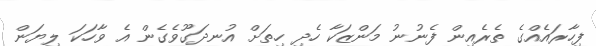
ފިހާރައެއްގެ ތެރެއިން ފެނުނު މަންޒަކާ ހެދި ހިތަށް އުނދަގޫވެގެން އެ ވާހަކަ ލިޔަން